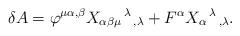
LaTeX: \begin{align*}\delta A = \varphi^{\mu\alpha ,\beta} X_{\alpha\beta\mu}{}^{\,\lambda}{}_{\,,\lambda} + F^{\alpha} X_{\alpha}{}^{\,\lambda}{}_{\, ,\lambda}.\end{align*}